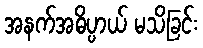
အနက်အဓိပ္ပာယ် မသိခြင်း